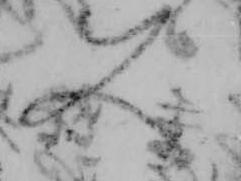
又